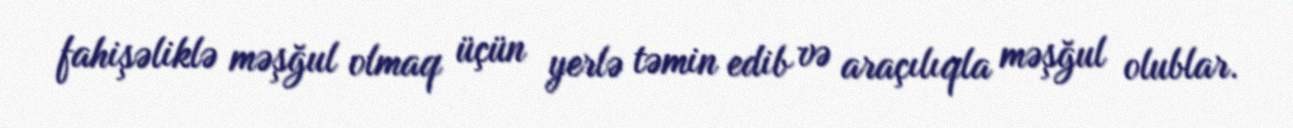
fahişəliklə məşğul olmaq üçün yerlə təmin edib və araçılıqla məşğul olublar.